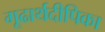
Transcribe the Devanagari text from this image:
गूढार्थदीपिका